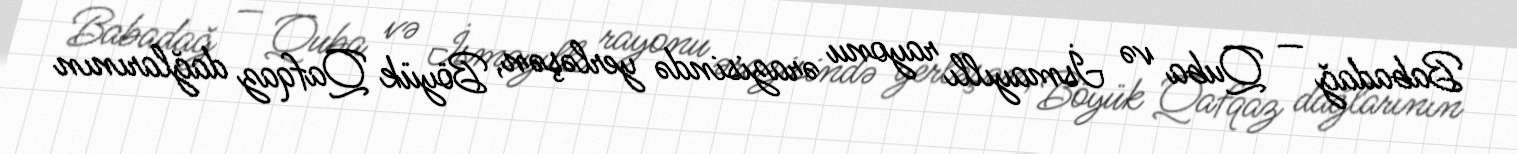
Babadağ — Quba və İsmayıllı rayonu ərazisində yerləşən, Böyük Qafqaz dağlarının